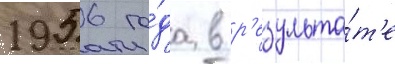
1956 го́да в р'езульта́т'е